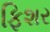
ફિશર